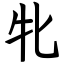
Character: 牝